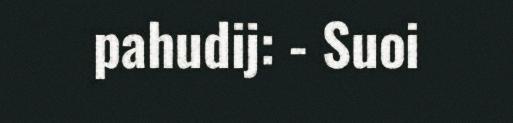
pahudij: - Suoi